Report on horse surra - Volume I
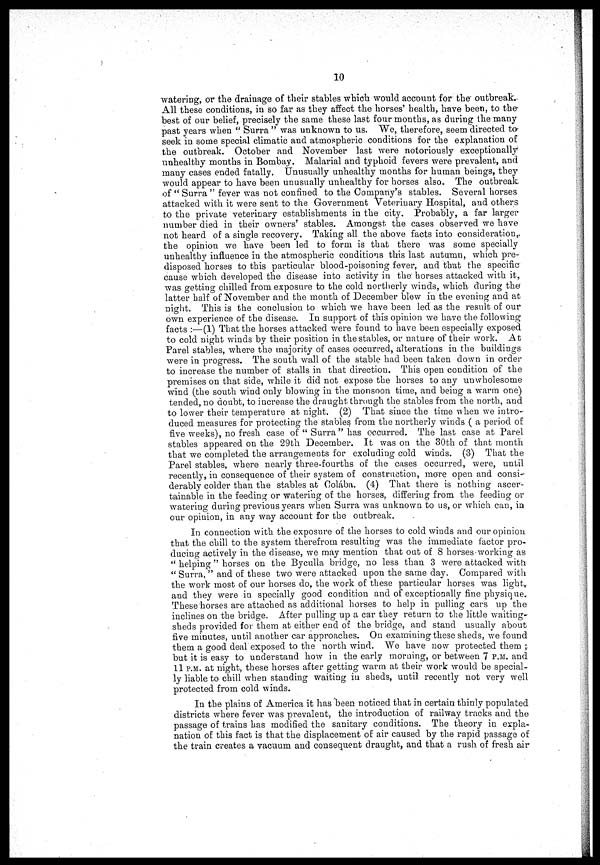
10
watering, or the drainage of their stables which would account for the outbreak.
All these conditions, in so far as they affect the horses' health, have been, to the
best of our belief, precisely the same these last four months, as during the many
past years when " Surra " was unknown to us. We, therefore, seem directed to
seek in some special climatic and atmospheric conditions for the explanation of
the outbreak. October and November last were notoriously exceptionally
unhealthy months in Bombay. Malarial and typhoid fevers were prevalent, and
many cases ended fatally. Unusually unhealthy months for human beings, they
would appear to have been unusually unhealthy for horses also. The outbreak
of " Surra " fever was not confined to the Company's stables. Several horses
attacked with it were sent to the Government Veterinary Hospital, and others
to the private veterinary establishments in the city. Probably, a far larger
number died in their owners' stables. Amongst the cases observed we have
not heard of a single recovery. Taking all the above facts into consideration,
the opinion we have been led to form is that there was some specially
unhealthy influence in the atmospheric conditions this last autumn, which pre-
disposed horses to this particular blood-poisoning fever, and that the specific
cause which developed the disease into activity in the' horses attacked with it,
was getting chilled from exposure to the cold northerly winds, which during the
latter half of November and. the month of December blew in the evening and at
night. This is the conclusion to which we have been led as the result of our
own experience of the disease. In support of this opinion we have the following
facts :—(1) That the horses attacked were found to have been especially exposed
to cold night winds by their position in the stables, or nature of their work. At
Parel stables, where the majority of cases occurred, alterations in the buildings
were in progress. The south wall of the stable had been taken down in order
to increase the number of stalls in that direction. This open condition of the
premises on that side, while it did not expose the horses to any unwholesome
wind (the south wind only blowing in the monsoon time, and being a warm one)
tended, no doubt, to increase the draught through the stables from the north, and
to lower their temperature at night. (2) That since the time when we intro-
duced measures for protecting the stables from the northerly winds ( a period of
five weeks), no fresh case of " Surra " has occurred. The last case at Parel
stables appeared on the 29th December. It was on the 30th of that month
that we completed the arrangements for excluding cold winds. (3) That the
Parel stables, where nearly three-fourths of the cases occurred, were, until
recently, in consequence of their system of construction, more open and consi-
derably colder than the stables at Colába. (4) That there is nothing ascer-
tainable in the feeding or watering of the horses, differing from the feeding or
watering during previous years when Surra was unknown to us, or which can, in
our opinion, in any way account for the outbreak.
In connection with the exposure of the horses to cold winds and our opinion
that the chill to the system therefrom resulting was the immediate factor pro-
ducing actively in the disease, we may mention that out of 8 horses working as
" helping " horses on the Byculla bridge, no less than 3 were attacked with
" Surra, " and of these two were attacked upon the same day. Compared with
the work most of our horses do, the work of these particular horses was light,.
and they were in specially good condition and of exceptionally fine physique.
These horses are attached as additional horses to help in pulling cars up the
inclines on the bridge. After pulling up a car they return to the little waiting-
sheds provided for them at either end of the bridge, and stand usually about
five minutes, until another car approaches. On examining these sheds, we found
them a good deal exposed to the north wind. We have now protected them ;.
but it is easy to understand how in the early morning, or between 7 P.M. and
11 P.M. at night, these horses after getting warm at their work would be special-
ly liable to chill when standing waiting in sheds, until recently not very well
protected from cold winds.
In the plains of America it has been noticed that in certain thinly populated
districts where fever was prevalent, the introduction of railway tracks and the
passage of trains has modified the sanitary conditions. The theory in expla-
nation of this fact is that the displacement of air caused by the rapid passage of
the train creates a vacuum and consequent draught, and that a rush of fresh air